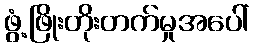
ဖွံ့ဖြိုးတိုးတက်မှုအပေါ်